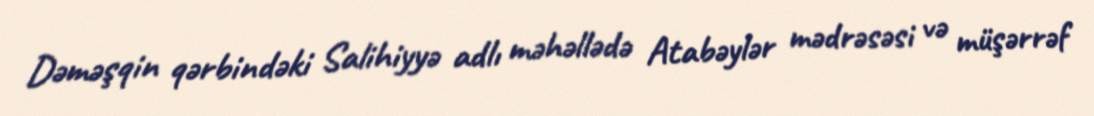
Dəməşqin qərbindəki Salihiyyə adlı məhəllədə Atabəylər mədrəsəsi və müşərrəf